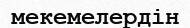
мекемелердін